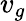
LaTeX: v_{g}